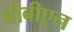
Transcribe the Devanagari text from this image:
बीबीएन